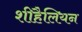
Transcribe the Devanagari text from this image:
शीहैलियन